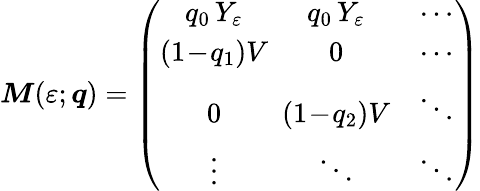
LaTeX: \boldsymbol{M}(\varepsilon;\boldsymbol{q})=\left(\begin{array}{ccc}{q_{0}\, Y_{\varepsilon}}&{\! \! \! q_{0}\, Y_{\varepsilon}}&{\cdots}\\ {(1\! -\! q_{1})V}&{\! \! \! 0}&{\cdots}\\ {0}&{\! \! \! (1\! -\! q_{2})V}&{\ddots}\\ {\vdots}&{\! \! \! \ddots}&{\ddots}\end{array}\right)